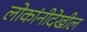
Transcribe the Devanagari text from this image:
लोकांनीदेखील